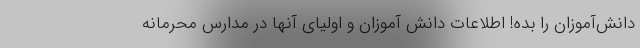
دانش‌آموزان را بده! اطلاعات دانش آموزان و اولیای آنها در مدارس محرمانه